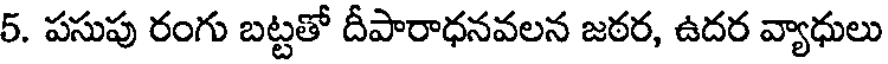
5. పసుపు రంగు బట్టతో దీపారాధనవలన జఠర, ఉదర వ్యాధులు